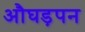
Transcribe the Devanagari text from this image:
औघड़पन